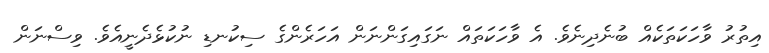
އިތުރު ވާހަކަތަކެއް ބުނެދިނެވެ. އެ ވާހަކަތައް ނަގައިގަންނަން އަހަރެންގެ ސިކުނޑި ނުކުޅެދެނީއެވެ. ވިސްނަން